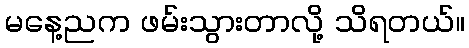
မနေ့ညက ဖမ်းသွားတာလို့ သိရတယ်။